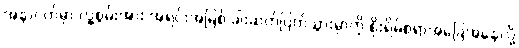
အနာဂတ်မှာ လူ့စွမ်းအား အရင်းအမြစ် ခါးဆက်ပြတ်သွားမှာကို စိုးရိမ်စရာအခြေအနေလို့